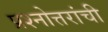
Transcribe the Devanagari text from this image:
प्रश्नोत्तरांची